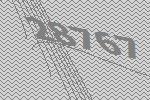
28767